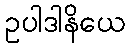
ဥပါဒါနိယေ